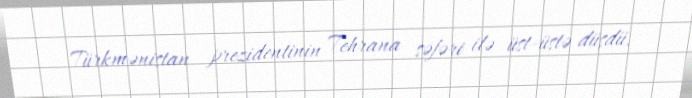
Türkmənistan prezidentinin Tehrana səfəri ilə üst-üstə düşdü.